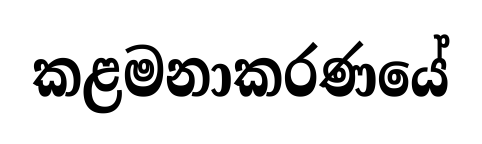
කළමනාකරණයේ